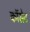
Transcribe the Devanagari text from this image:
कॉसेट